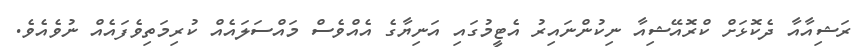
ރަޝިއާއާ ދެކޮޅަށް ކްރޮއޭޝިއާ ނިކުންނައިރު އެޓީމުގައި އަނިޔާގެ އެއްވެސް މައްސަލައެއް ކުރިމަތިވެފައެއް ނުވެއެވެ.